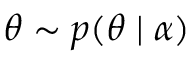
\theta \sim p ( \theta \mid \alpha )